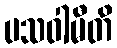
ပသဝါမီတိ